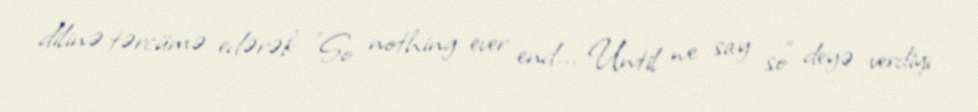
dilinə tərcümə edərək "So nothing ever end... Until we say so" deyə verdiyi